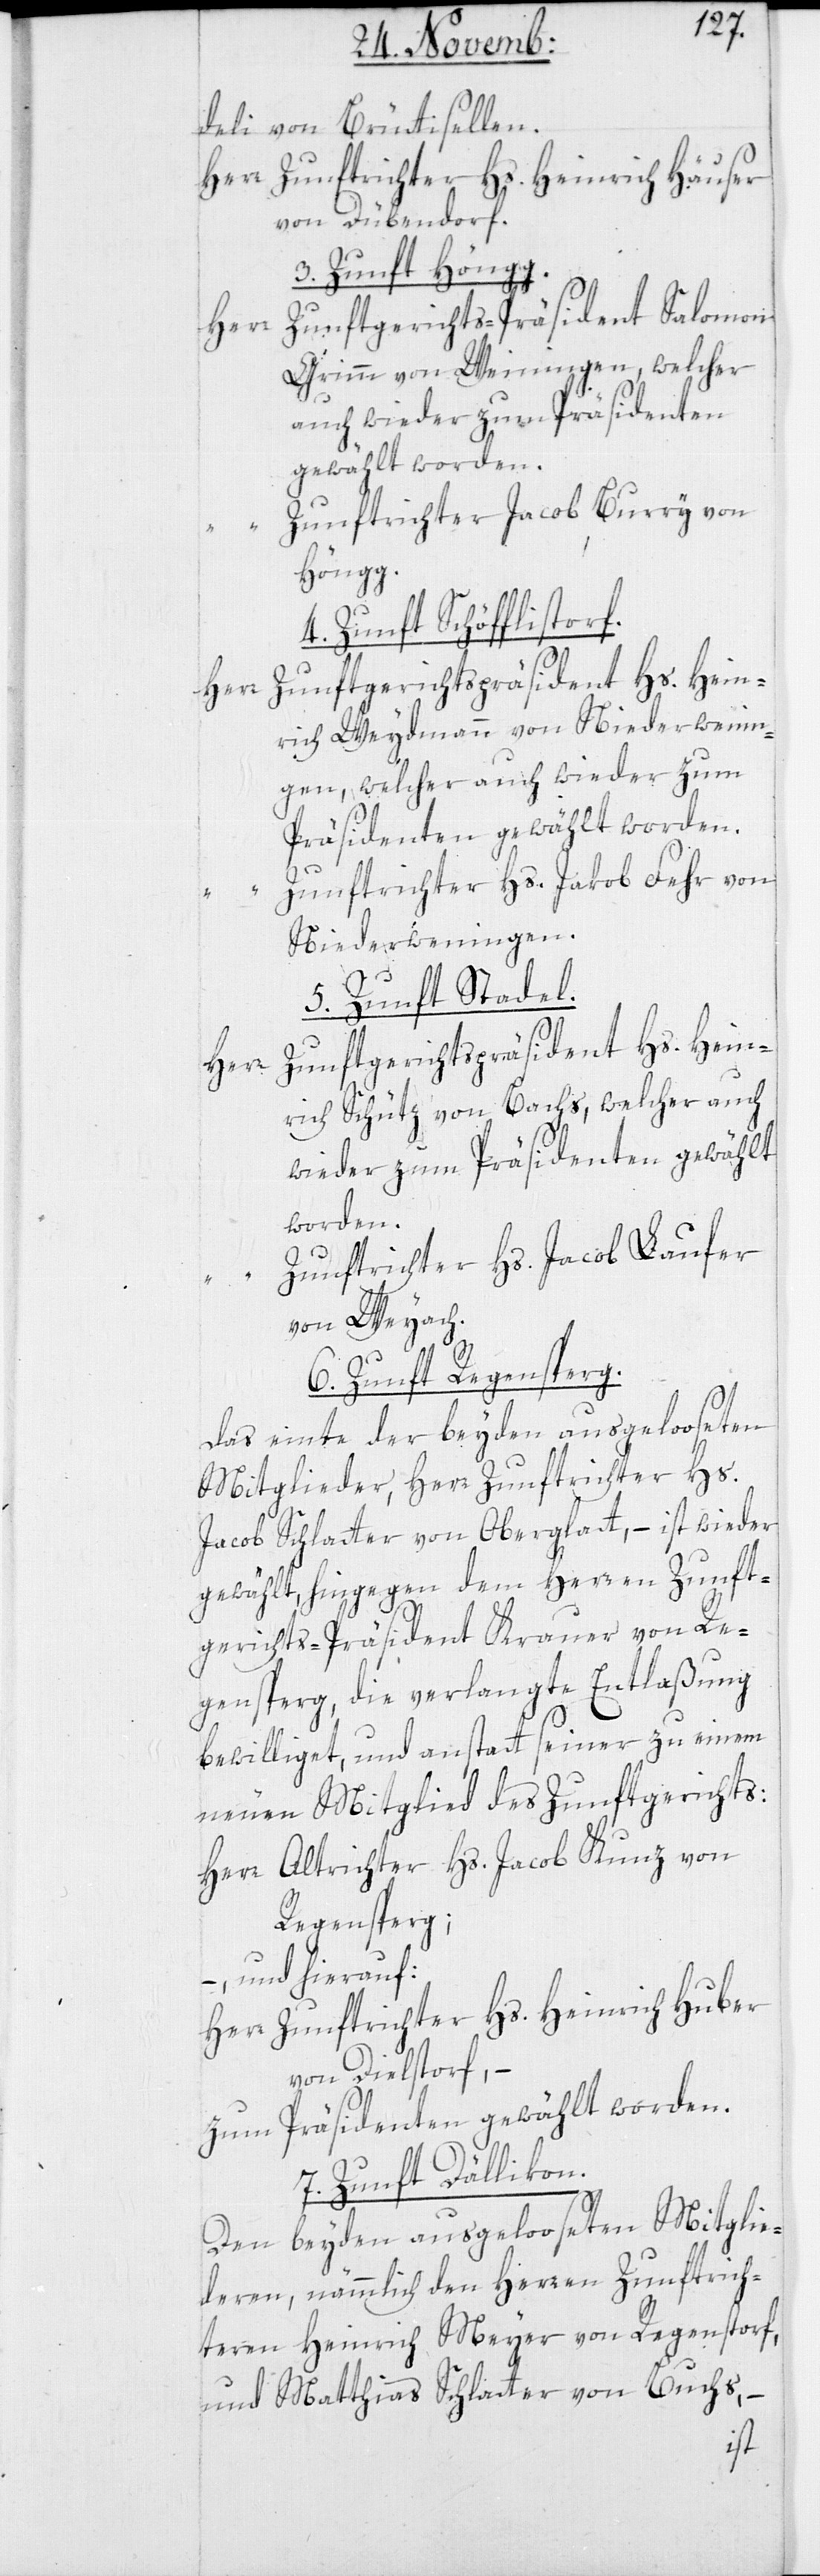
g.

deli von Brüttisellen:
Zunftrichter Hs. Heinrich Häuser
von Dübendorf.
3. Zunft Höng¬
Zunftgerichts-Präsident Salomon
Grimm von Weiningen, welcher
auch wieder zum Präsidenten
gewählt worden.
Zunftrichter Jacob Burry von
Höngg.
4. Zunft Schöfflisdorf.
Zunftgerichts-Präsident Hs. Hein¬
rich Weydmann von Niederwenin¬
gen, welcher auch wieder zum
Präsidenten gewählt worden.
Zunftrichter Hs. Jakob Fehr von
Niederweningen.
5. Zunft Stadel.
Zunftgerichts-Präsident Hs. Hein¬
Herr
rich Schütz von Bachs, welcher auch
wieder zum Präsidenten gewählt
worden.
Zunftrichter Hs. Jacob Laufer
von Weyach.
6. Zunft Regensperg.
das einte der beyden ausgelooseten
Mitglieder, Herr Zunftrichter Hs.
Jacob Schlatter von Oberglatt, – ist wieder
gewählt, hingegen dem Herren Zunft¬
gerichts-Präsident Krauer von Re¬
gensperg, die verlangte Entlaßung
bewilliget, und anstatt seiner zu einem
neuen Mitglied des Zunftgerichts:
Herr Altrichter Hs. Jacob Kunz von
Regensperg;
– und hierauf:
Herr Zunftrichter Hs. Heinrich Huber
von Dielstorf, –
zum Präsidenten gewählt worden.
7. Zunft Dällikon.
Den beyden ausgelooseten Mitglie¬
deren, nämmlich den Herren Zunftrich¬
teren Heinrich Meyer von Regenstorf
und Matthias Schlatter von Buchs,